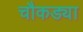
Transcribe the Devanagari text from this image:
चौकड्या